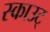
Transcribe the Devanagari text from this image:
स्काउट्